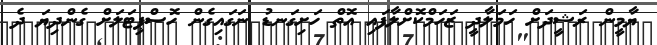
ޔާމީން ރަޝީދަށް ހަމަލާދީ ޒަހަމްކޮށްލާފައި އޮތް ހަށިގަނޑު ނަގައިގެން ހޮސްޕިޓަލަށް ގެންދިޔަ ދެ